Madras plague regulations and rules for the city of Madras
Disease focus: Plague
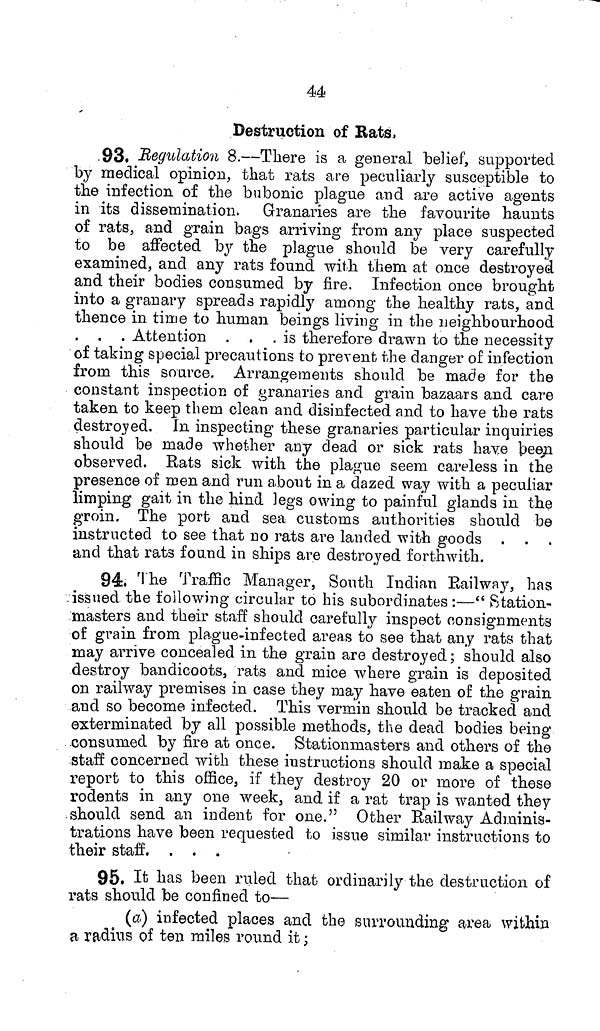
44
Destruction of Rats,
.93. Regulation 8.—There is a general belief, supported
by medical opinion, that rats are peculiarly susceptible to
the infection of the bubonic plague and are active agents
in its dissemination. Granaries are the favourite haunts
of rats, and grain bags arriving from any place suspected
to be affected by the plague should be very carefully
examined, and any rats found with them at once destroyed
and their bodies consumed by fire. Infection once brought
into a granary spreads rapidly among the healthy rats, and
thence in time to human beings living in the neighbourhood
. Attention. .
.is therefore drawn to the necessity
of taking special precautions to prevent the danger of infection
from this source. Arrangements should be made for the
constant inspection of granaries and grain bazaars and care
taken to keep them clean and disinfected and to have the rats
destroyed. In inspecting these granaries particular inquiries
should be made whether any dead or sick rats have been
observed. Rats sick with the plague seem careless in the
presence of men and run about in a dazed way with a peculiar
limping gait in the hind legs owing to painful glands in the
groin. The port and sea customs authorities should be
instructed to see that no rats are landed with goods .
and that rats found in ships are destroyed forthwith.
94. The Traffic Manager, South Indian Railway, has
issued the following circular to his subordinates :—" Station-
masters and their staff should carefully inspect consignments
of grain from plague-infected areas to see that any rats that
may arrive concealed in the grain are destroyed ; should also
destroy bandicoots, rats and mice where grain is deposited
on railway premises in case they may have eaten of the grain
and so become infected. This vermin should be tracked and
exterminated by all possible methods, the dead bodies being
consumed by fire at once. Stationmasters and others of the
staff concerned with these instructions should make a special
report to this office, if they destroy 20 or more of these
rodents in any one week, and if a rat trap is wanted they
should send an indent for one." Other Railway Adminis-
trations have been requested to issue similar instructions to
their staff. . . .
95. It has been ruled that ordinarily the destruction of
rats should be confined to—
(a) infected places and the surrounding area within
a radius of ten miles round it ;